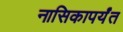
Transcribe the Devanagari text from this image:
नासिकापर्यंत